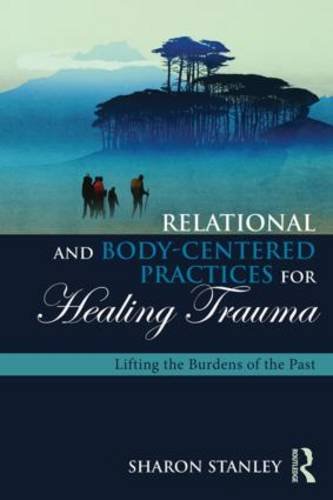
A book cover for Relational and Body-Centered Practices for Healing Trauma: Lifting the Burdens of the Past; Sharon Stanley; Health, Fitness & Dieting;